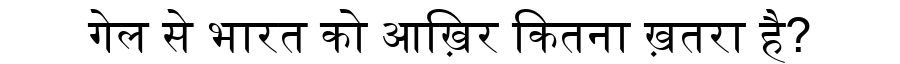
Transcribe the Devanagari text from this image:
गेल से भारत को आख़िर कितना ख़तरा है?